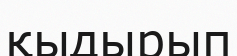
қыдырып